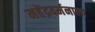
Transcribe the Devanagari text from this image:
महेंद्रवर्मनाला